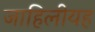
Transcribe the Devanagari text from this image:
जाहिलीयह